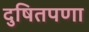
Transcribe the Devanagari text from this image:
दुषितपणा